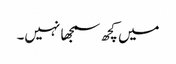
میں کچھ سمجھا نہیں۔